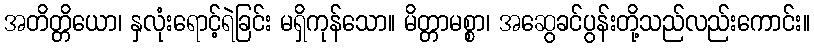
အတိတ္တိယော၊ နှလုံးရောင့်ရဲခြင်း မရှိကုန်သော။ မိတ္တာမစ္စာ၊ အဆွေခင်ပွန်းတို့သည်လည်းကောင်း။